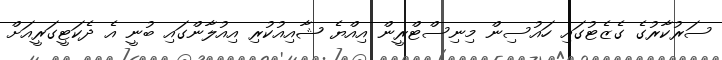
ސަރުކާރުގެ ގެެޒެޓުގައި ހައުސިން މިނިސްޓްރީން އިއްޔެ ޝާއިއުކުރި އިއުލާންގައި ބުނީ އެ ދެކަޓީގަރީއަށް